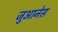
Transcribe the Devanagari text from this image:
जुआनेस